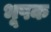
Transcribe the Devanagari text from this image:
भूषक